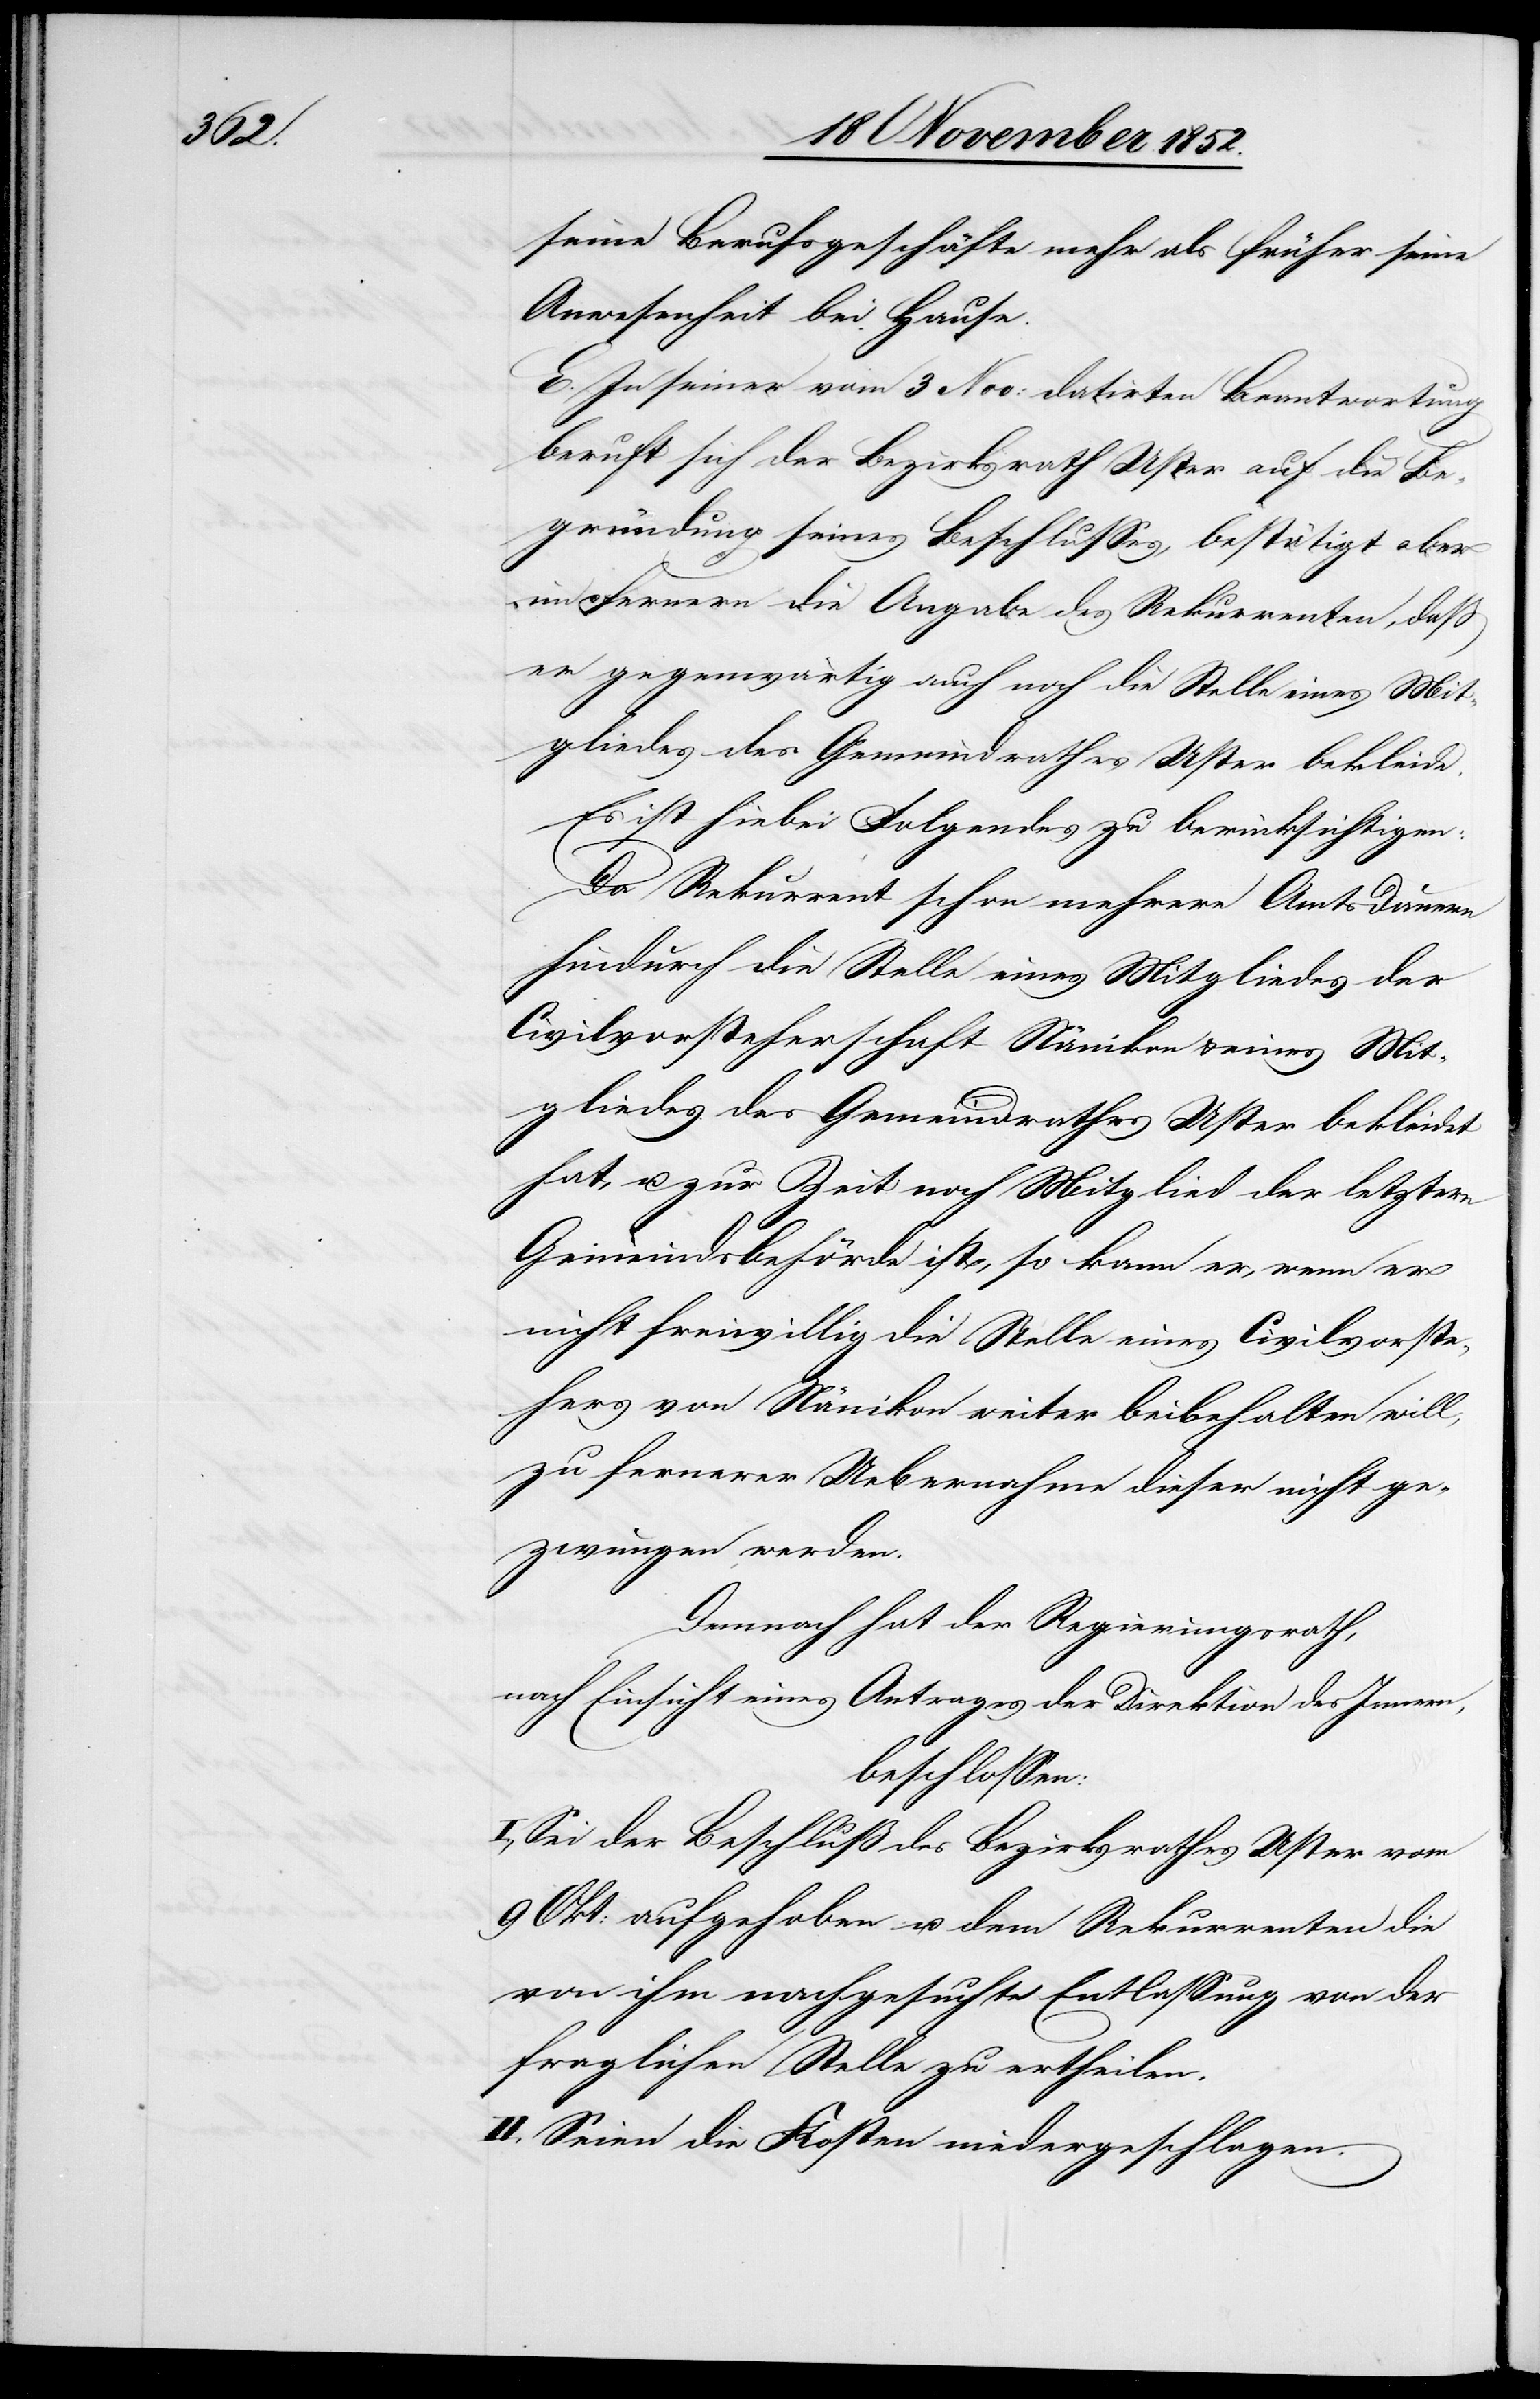
seine Berufsgeschäfte mehr als früher seine
Anwesenheit bei Hause.
E. In seiner vom 3 Nov: datirten Beantwortung
beruft sich der Bezirksrath Uster auf die Be¬
gründung seines Beschlusses, bestätigt aber
im Fernern die Angabe des Rekurrenten, daß
er gegenwärtig auch noch die Stelle eines Mit¬
gliedes des Gemeindrathes Uster bekleidet
Es ist hiebei Folgendes zu berücksichtigen:
Da Rekurrent schon mehrere Amtsdauern
hindurch die Stelle eines Mitgliedes der
Civilvorsteherschaft Nänikon & eines Mit¬
hat, u. zur Zeit noch Mitglied der letztern
Gemeindsbehörde ist, so kann er, wenn er
nicht freiwillig die Stelle eines Civilvorste¬
hers von Nänikon weiter beibehalten will,
zu fernerer Uebernahme dieser nicht ge¬
zwungen werden.
Demnach hat der Regierungsrath,
nach Einsicht eines Antrages der Direktion des Innern,
beschlossen:
I., Sei der Beschluß des Bezirksrathes Uster vom
9 Okt: aufgehoben u. dem Rekurrenten die
von ihm nachgesuchte Entlassung von der
fraglichen Stelle zu ertheilen.
II., Seien die Kosten niedergeschlagen.